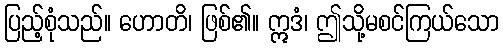
ပြည့်စုံသည်။ ဟောတိ၊ ဖြစ်၏။ ဣဒံ၊ ဤသို့မစင်ကြယ်သော